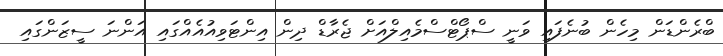
ބްރެންޑަން މިހެން ބުނެފައި ވަނީ ސްޕޯޓްސްމެއިލްއަށް ޖެރާޑް ދިން އިންޓަވިއުއެއްގައި އަންނަ ސީޒަންގައި